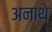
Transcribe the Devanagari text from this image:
अनाथे